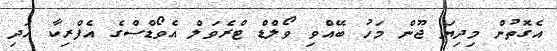
އެގޮތުން މިދިޔަ ޖޫން މަހު ބޭއްވި ވޯލްޑް ޓްރެވަލް އެވޯޑްސްގެ އެފްރިކާ އަދި